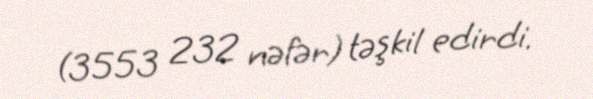
(3553 232 nəfər) təşkil edirdi.